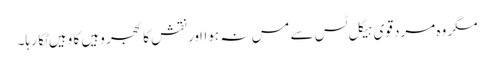
مگر وہ مردِ قوی ہیکل ٹس سے مس نہ ہوااور نقشِ کالحجر وہیں کا وہیں ٹِکا رہا۔